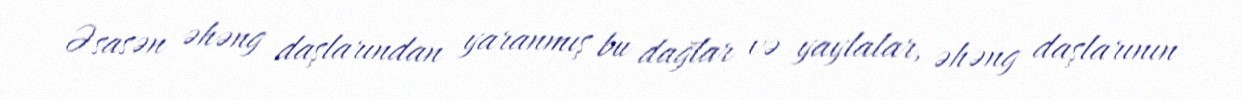
Əsasən əhəng daşlarından yaranmış bu dağlar və yaylalar, əhəng daşlarının